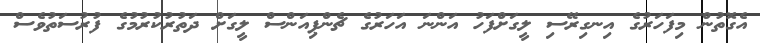
އެގޮތުން މިފަހަރުގެ އިނގިރޭސި ލީގަށްފަހު އަންނަ އަހަރުގެ ޗެންޕިއަންސް ލީގަށް ދަތުރުކުރުމުގެ ފުރުސަތުވެސް